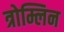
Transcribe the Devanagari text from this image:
त्रोम्लिन